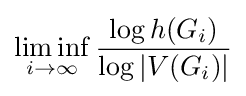
\liminf _{i\to \infty }{\frac {\log h(G_{i})}{\log |V(G_{i})|}}